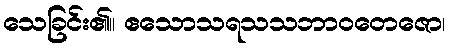
သေခြင်း၏။ ဧသောသရသသဘာဝတေဇော၊